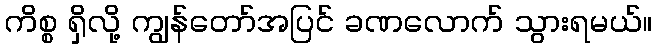
ကိစ္စ ရှိလို့ ကျွန်တော်အပြင် ခဏလောက် သွားရမယ်။